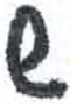
אות: ש